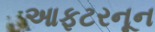
આફટરનૂન